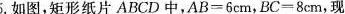
5. 如图，矩形纸片 ABCD中$$A B = 6 c m$$，$$B C = 8 c m$$，现